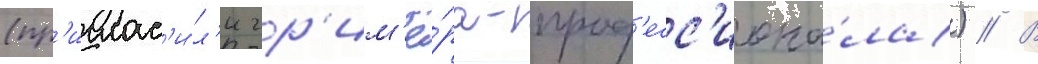
(пр'иглас'и́л'и гр'им'ё́ра-проф'есс'иона́ла) // В